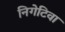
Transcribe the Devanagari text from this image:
निगेटिवा